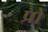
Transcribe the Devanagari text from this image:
प्रों